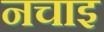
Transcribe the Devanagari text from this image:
नचाइ